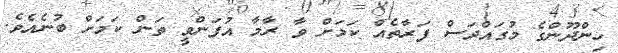
ހިންދޫންގެ މުގައްދަސް ފަރާތެއް ކަމަށް ވާ ރާމާ އުފަންވީ ތަން ކަމަށް ބުނެއެވެ.